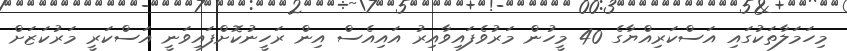
މިހަމަލާތަކުގައި އަސްކަރިއްޔާގެ 40 މީހުން މަރުވެފައިވާއިރު އައިއެސް އިން ރަހީނުކޮށްފައިވަނީ އަސްކަރީ މަރުކަޒަށް